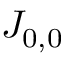
J _ { 0 , 0 }